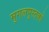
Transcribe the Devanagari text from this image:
मुगलपुस्तकों